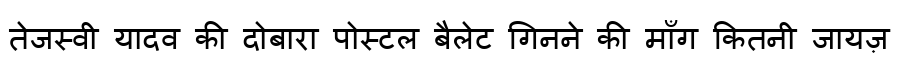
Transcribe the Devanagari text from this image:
तेजस्वी यादव की दोबारा पोस्टल बैलेट गिनने की माँग कितनी जायज़